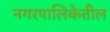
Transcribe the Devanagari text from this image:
नगरपालिकेतील